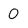
Character: 0